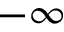
- \infty